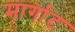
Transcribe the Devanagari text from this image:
मार्गाट